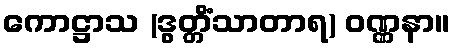
ကောဋ္ဌာသ (ဒွတ္တိံသာတာရ) ဝဏ္ဏနာ။